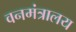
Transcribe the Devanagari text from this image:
वनमंत्रालय